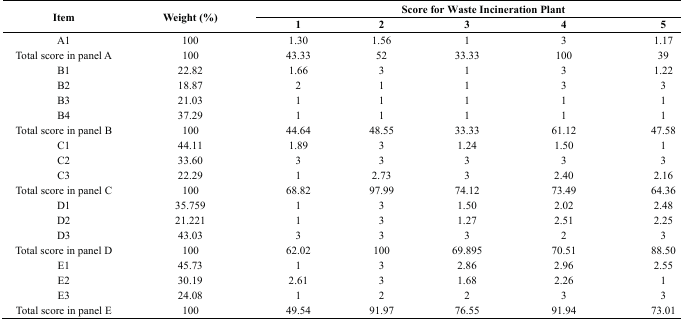
<table><thead><tr><td rowspan="2"><b>Item</b></td><td rowspan="2"><b>Weight (%)</b></td><td colspan="5"><b>Score for Waste Incineration Plant</b></td></tr><tr><td><b>1</b></td><td><b>2</b></td><td><b>3</b></td><td><b>4</b></td><td><b>5</b></td></tr></thead><tbody><tr><td>A1</td><td>100</td><td>1.30</td><td>1.56</td><td>1</td><td>3</td><td>1.17</td></tr><tr><td>Total score in panel A</td><td>100</td><td>43.33</td><td>52</td><td>33.33</td><td>100</td><td>39</td></tr><tr><td>B1</td><td>22.82</td><td>1.66</td><td>3</td><td>1</td><td>3</td><td>1.22</td></tr><tr><td>B2</td><td>18.87</td><td>2</td><td>1</td><td>1</td><td>3</td><td>3</td></tr><tr><td>B3</td><td>21.03</td><td>1</td><td>1</td><td>1</td><td>1</td><td>1</td></tr><tr><td>B4</td><td>37.29</td><td>1</td><td>1</td><td>1</td><td>1</td><td>1</td></tr><tr><td>Total score in panel B</td><td>100</td><td>44.64</td><td>48.55</td><td>33.33</td><td>61.12</td><td>47.58</td></tr><tr><td>C1</td><td>44.11</td><td>1.89</td><td>3</td><td>1.24</td><td>1.50</td><td>1</td></tr><tr><td>C2</td><td>33.60</td><td>3</td><td>3</td><td>3</td><td>3</td><td>3</td></tr><tr><td>C3</td><td>22.29</td><td>1</td><td>2.73</td><td>3</td><td>2.40</td><td>2.16</td></tr><tr><td>Total score in panel C</td><td>100</td><td>68.82</td><td>97.99</td><td>74.12</td><td>73.49</td><td>64.36</td></tr><tr><td>D1</td><td>35.759</td><td>1</td><td>3</td><td>1.50</td><td>2.02</td><td>2.48</td></tr><tr><td>D2</td><td>21.221</td><td>1</td><td>3</td><td>1.27</td><td>2.51</td><td>2.25</td></tr><tr><td>D3</td><td>43.03</td><td>3</td><td>3</td><td>3</td><td>2</td><td>3</td></tr><tr><td>Total score in panel D</td><td>100</td><td>62.02</td><td>100</td><td>69.895</td><td>70.51</td><td>88.50</td></tr><tr><td>E1</td><td>45.73</td><td>1</td><td>3</td><td>2.86</td><td>2.96</td><td>2.55</td></tr><tr><td>E2</td><td>30.19</td><td>2.61</td><td>3</td><td>1.68</td><td>2.26</td><td>1</td></tr><tr><td>E3</td><td>24.08</td><td>1</td><td>2</td><td>2</td><td>3</td><td>3</td></tr><tr><td>Total score in panel E</td><td>100</td><td>49.54</td><td>91.97</td><td>76.55</td><td>91.94</td><td>73.01</td></tr></tbody></table>